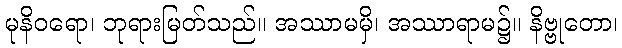
မုနိဝရော၊ ဘုရားမြတ်သည်။ အဿာမမှိ၊ အဿာရာမ၌။ နိဗ္ဗုတော၊